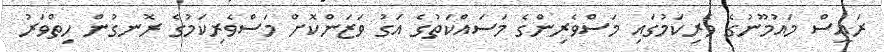
ރައީސް މައުމޫނުގެ ވެރިކަމުގައި މަސްވެރިންގެ މަސައްކަތުގެ އަގު ވަޒަންކޮށް މަސްވެރިކަމުގެ ރޮނގުން ހިތްވަރު